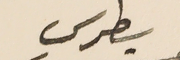
بطرس